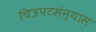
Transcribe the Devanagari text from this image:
चित्रपटसंन्यास